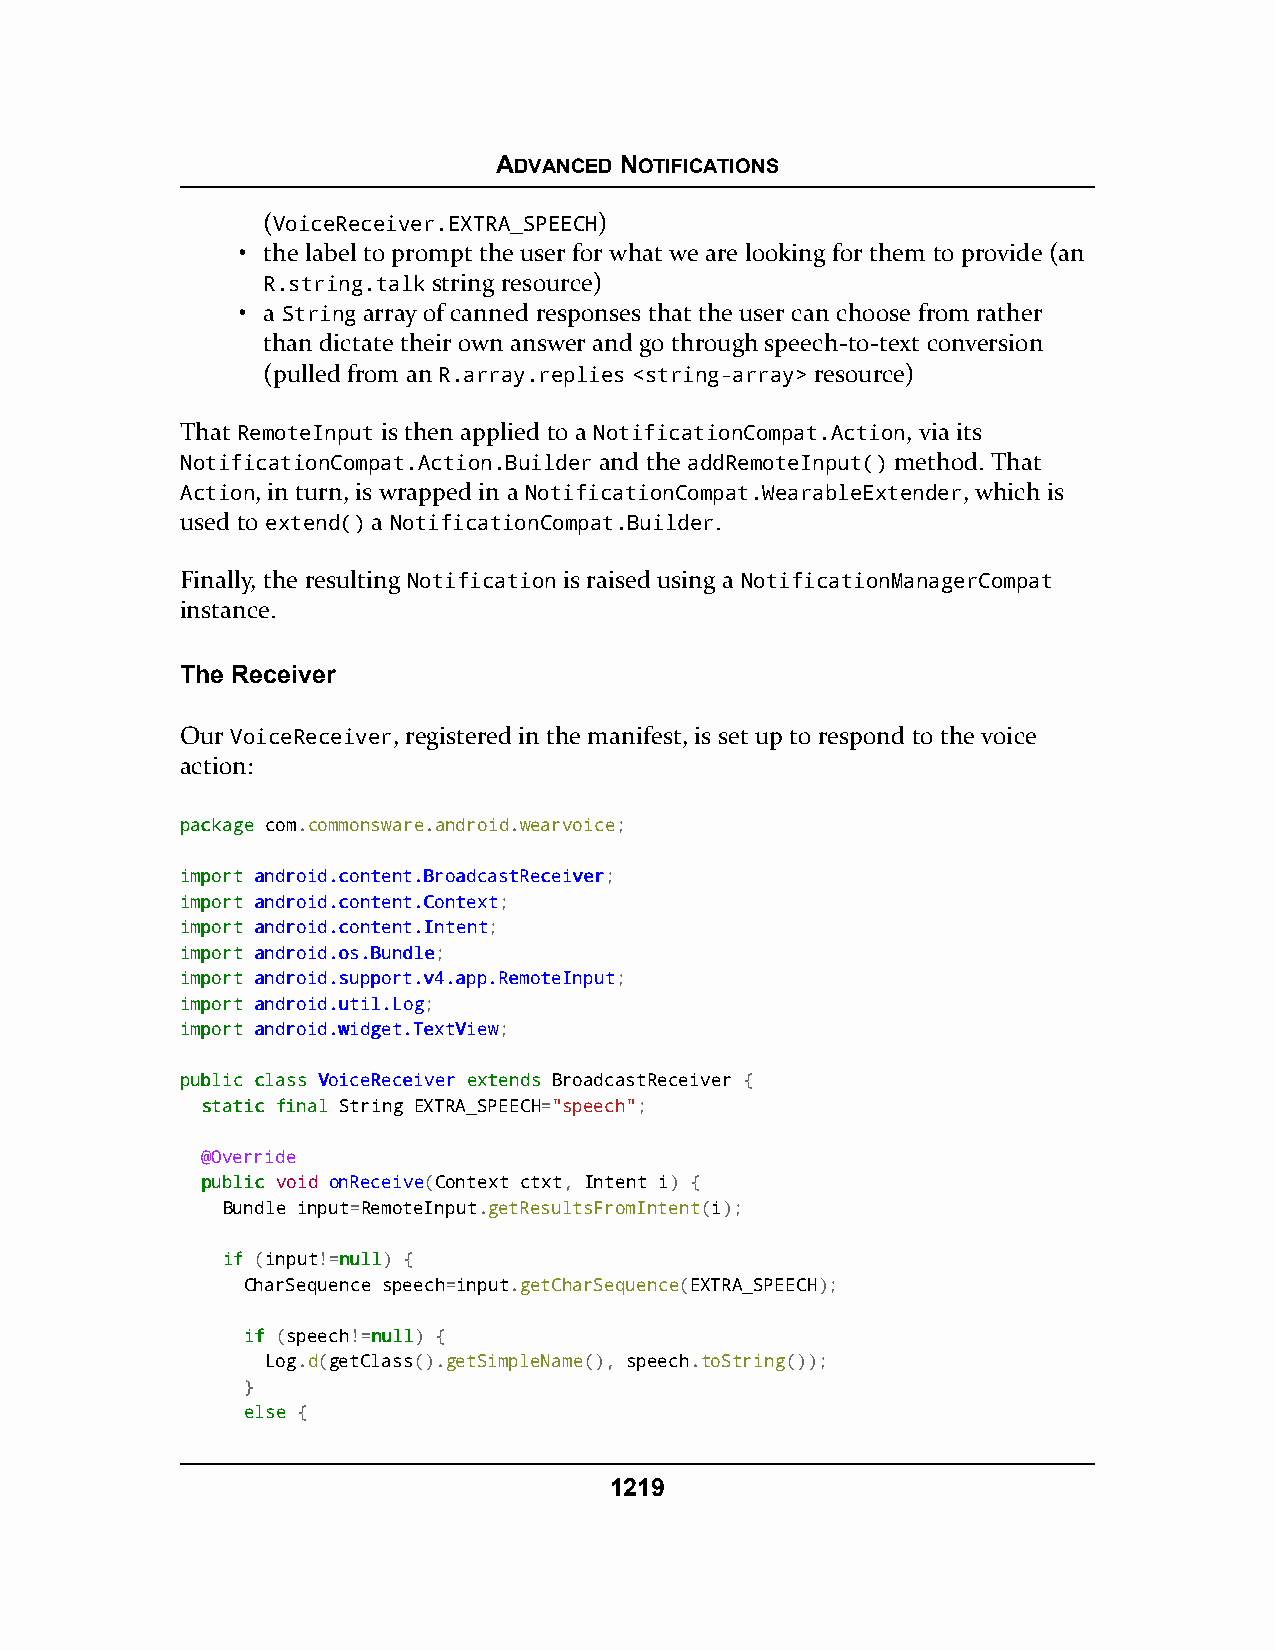
ADVANCED NOTIFICATIONS
 (VoiceReceiver.EXTRA_SPEECH)
 • the label to prompt the user for what we are looking for them to provide (an
 R.string.talk string resource)
 • a String array of canned responses that the user can choose from rather
 than dictate their own answer and go through speech-to-text conversion
 (pulled from an R.array.replies <string-array> resource)
 That RemoteInput is then applied to a NotificationCompat.Action, via its
 NotificationCompat.Action.Builder and the addRemoteInput() method. That
 Action, in turn, is wrapped in a NotificationCompat.WearableExtender, which is
 used to extend() a NotificationCompat.Builder.
 Finally, the resulting Notification is raised using a NotificationManagerCompat
 instance.
 The Receiver
 Our VoiceReceiver, registered in the manifest, is set up to respond to the voice
 action:
 ppaacckkaaggee com.commonsware.android.wearvoice;
 iimmppoorrtt aannddrrooiidd..ccoonntteenntt..BBrrooaaddccaassttRReecceeiivveerr;
 iimmppoorrtt aannddrrooiidd..ccoonntteenntt..CCoonntteexxtt;
 iimmppoorrtt aannddrrooiidd..ccoonntteenntt..IInntteenntt;
 iimmppoorrtt aannddrrooiidd..ooss..BBuunnddllee;
 iimmppoorrtt aannddrrooiidd..ssuuppppoorrtt..vv44..aapppp..RReemmootteeIInnppuutt;
 iimmppoorrtt aannddrrooiidd..uuttiill..LLoogg;
 iimmppoorrtt aannddrrooiidd..wwiiddggeett..TTeexxttVViieeww;
 ppuubblliicc ccllaassss VVooiicceeRReecceeiivveerr eexxtteennddss BroadcastReceiver {
 ssttaattiicc ffiinnaall String EXTRA_SPEECH="speech";
 @Override
 ppuubblliicc void onReceive(Context ctxt, Intent i) {
 Bundle input=RemoteInput.getResultsFromIntent(i);
 iiff (input!=nnuullll) {
 CharSequence speech=input.getCharSequence(EXTRA_SPEECH);
 iiff (speech!=nnuullll) {
 Log.d(getClass().getSimpleName(), speech.toString());
 }
 eellssee {
 1219